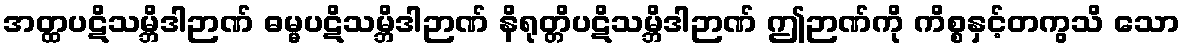
အတ္ထပဋိသမ္ဘိဒါဉာဏ် ဓမ္မပဋိသမ္ဘိဒါဉာဏ် နိရုတ္တိပဋိသမ္ဘိဒါဉာဏ် ဤဉာဏ်ကို ကိစ္စနှင့်တကွသိ သော